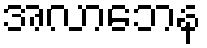
အလာဘေန